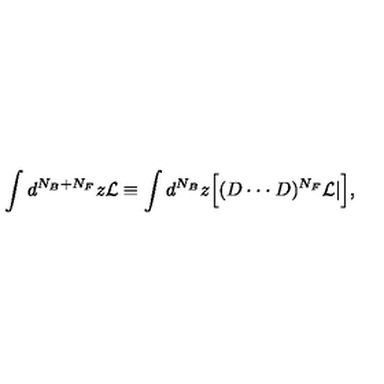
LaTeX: \int d ^ { N _ { B } + N _ { F } } z { \cal L } \equiv \int d ^ { N _ { B } } z \Big [ ( D \cdot \cdot \cdot D ) ^ { N _ { F } } { \cal L } | \Big ] ,